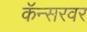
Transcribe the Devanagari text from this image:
कॅन्सरवर